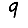
Digit: 9